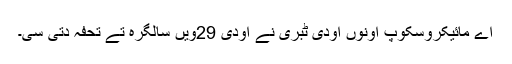
اے مائیکروسکوپ اونوں اودی ٹبری نے اودی 29ویں سالگرہ تے تحفہ دتی سی۔